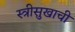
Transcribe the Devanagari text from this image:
स्त्रीसुखाची